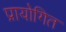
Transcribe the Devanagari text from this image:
प्रायोगित